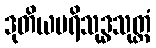
ဒုတိယပရိသုဒ္ဓသုတ္တံ